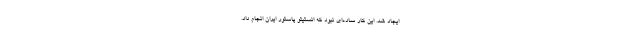
ایجاد شد. این کار ساده‌ای نبود که انستیتو پاستور ایران انجام داد.